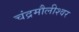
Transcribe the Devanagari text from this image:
चंद्रमौलीश्वर